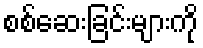
စစ်ဆေးခြင်းများကို